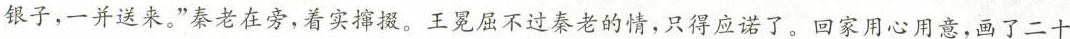
银子，一并送来。”秦者在旁，着实掷提，王冕屈不过秦老的情，只得应诺了，回家用心用意，画了二十